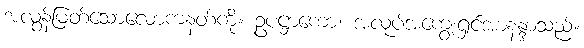
အလွန်မြတ်သောလောကနတ်ကို။ ဥပဋ္ဌာကော၊ အလုပ်အကျွေးရှင်အာနန္ဒာသည်။